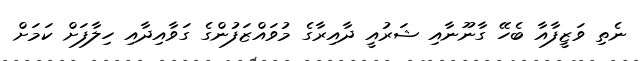
ނެތި ވަޒީފާއާ ބެހޭ ގާނޫނާއި ޝަރުއީ ދާއިރާގެ މުވައްޒަފުންގެ ގަވާއިދާއި ހިލާފަށް ކަމަށް